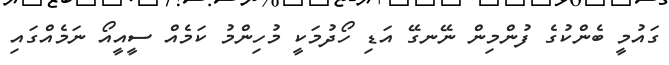
ގައުމީ ބެންކުގެ ފުންމިން ނޭނގޭ އަޑި ހޯދުމަކީ މުހިންމު ކަމެއް ސީއީއޯ ނަމެއްގައި